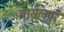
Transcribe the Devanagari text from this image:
मासलपुर